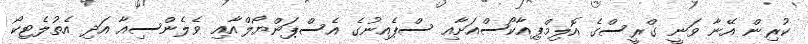
ކުރިން އޭނާ ވަނީ ގްރީސްގެ އޮލިމްޕިއާކޯސްއަށާއި ސްޕެއިނުގެ އެސްޕަންޔޯލްއާއި ވެލެންސިއާ އަދި އެތުލެޓިކޯ